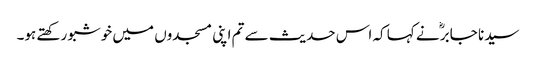
سیدنا جابرؓ نے کہا کہ اس حدیث سے تم اپنی مسجدوں میں خوشبو رکھتے ہو۔